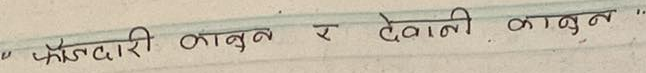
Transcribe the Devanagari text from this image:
"फौजदारी कानून र देवानी कानून "